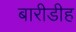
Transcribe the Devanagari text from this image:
बारीडीह